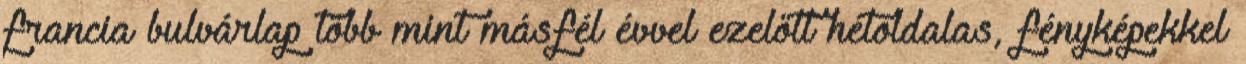
francia bulvárlap több mint másfél évvel ezelőtt hétoldalas, fényképekkel